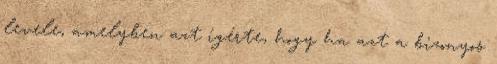
levele, amelyben azt ígérte, hogy ha azt a bizonyos